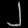
Digit: ၂